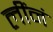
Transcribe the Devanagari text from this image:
लींनं